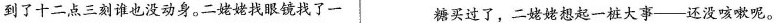
到了十二点三刻谁也没动身。二姥姥找眼镜找了一 糖买过了，二姥姥想起一桩大事——还没咳嗽呢。